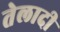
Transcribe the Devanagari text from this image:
तेलादी